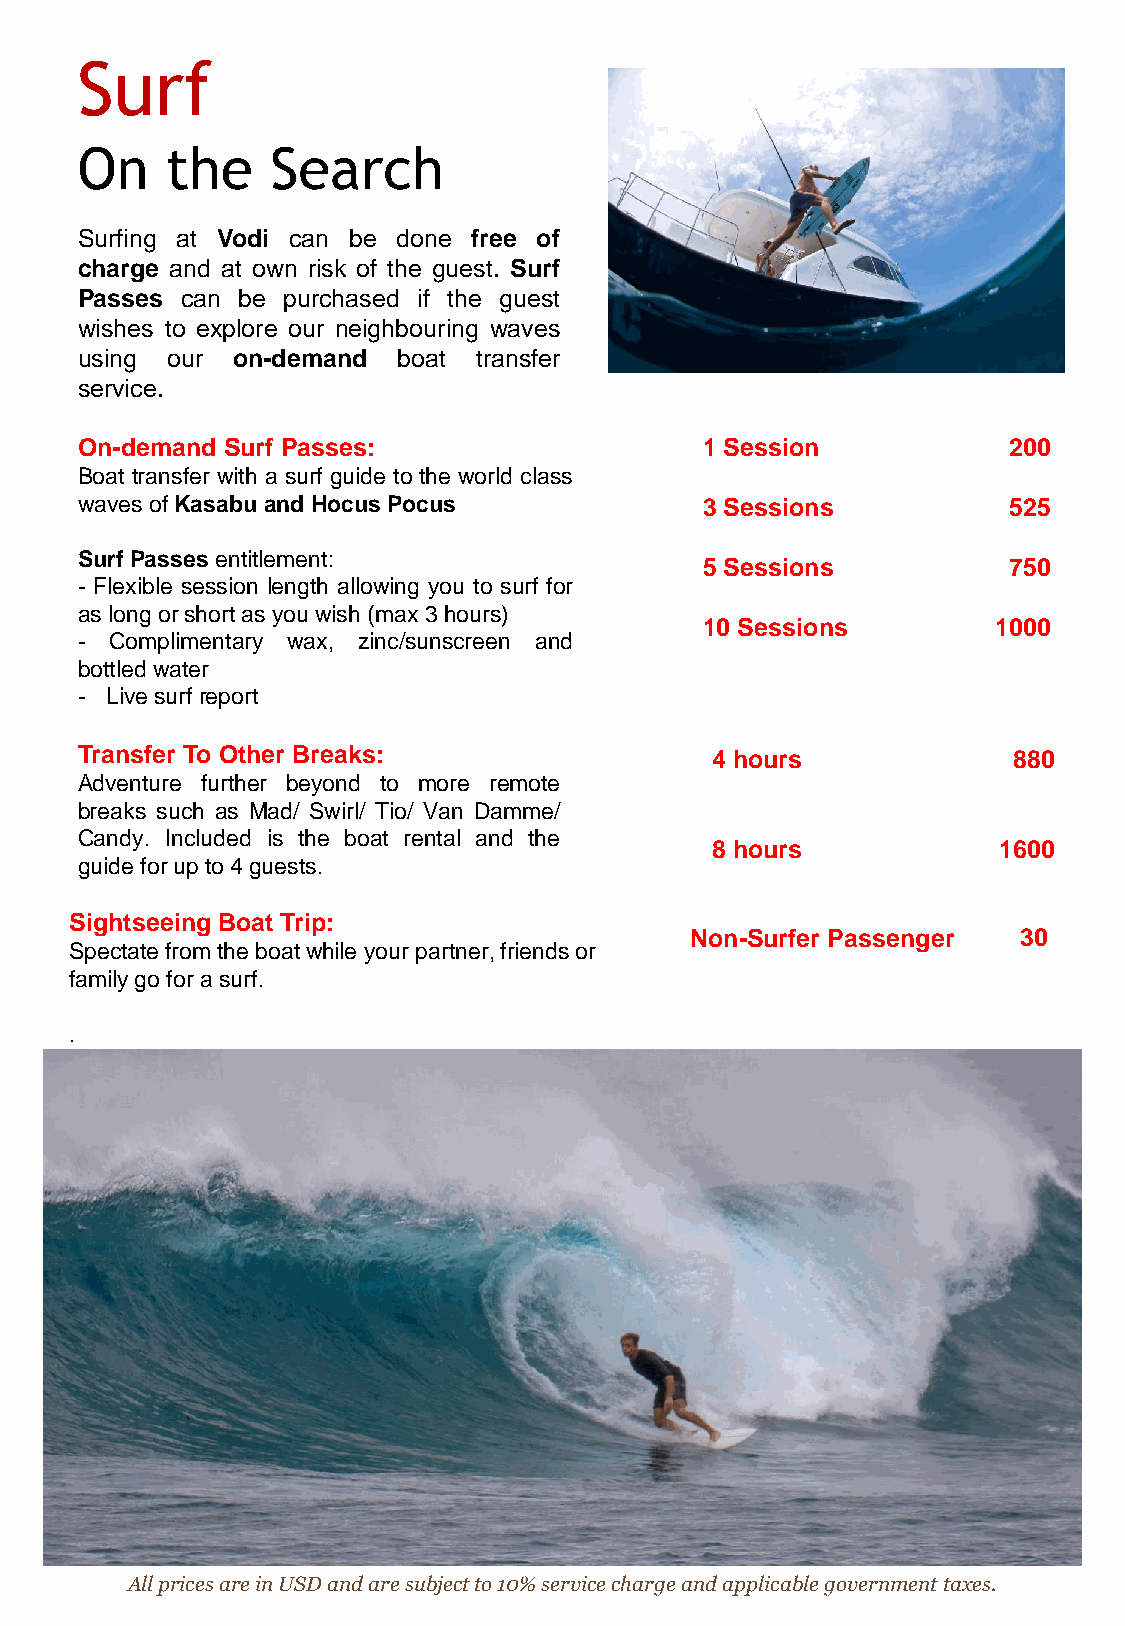
Surf
 On    the    Search
 Surfing at Vodi can be done free of
 charge and at own risk of the guest. Surf
 Passes can be purchased if the guest
 wishes to explore our neighbouring waves
 using our on-demand  boat transfer
 service.
 On-demand Surf Passes:                    1 Session           200
 Boat transfer with a surf guide to the world class
 waves ofKasabu andHocus Pocus             3 Sessions          525
 SurfPasses entitlement:
 5 Sessions          750
 - Flexible session length allowing you to surf for
 as long orshortasyou wish (max3hours)
 10 Sessions        1000
 - Complimentary wax, zinc/sunscreen and
 bottledwater
 - Live surfreport
 Transfer To Other Breaks:                 4 hours             880
 Adventure further beyond to more remote
 breaks such as Mad/ Swirl/ Tio/ Van Damme/
 Candy. Included is the boat rental and the
 8 hours            1600
 guideforupto4guests.
 Sightseeing Boat Trip:
 Non-Surfer Passenger  30
 Spectate from the boat while your partner, friends or
 family go for a surf.
 .
 All prices are in USD and are subject to 10% service charge and applicable government taxes.